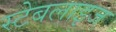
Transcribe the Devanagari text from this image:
स्टेबलाइज